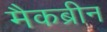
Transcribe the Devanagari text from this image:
मैकब्रीन